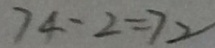
7 4 - 2 = 7 2